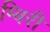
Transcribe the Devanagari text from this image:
म्बिरी